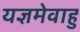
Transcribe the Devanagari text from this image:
यज्ञमेवाहु